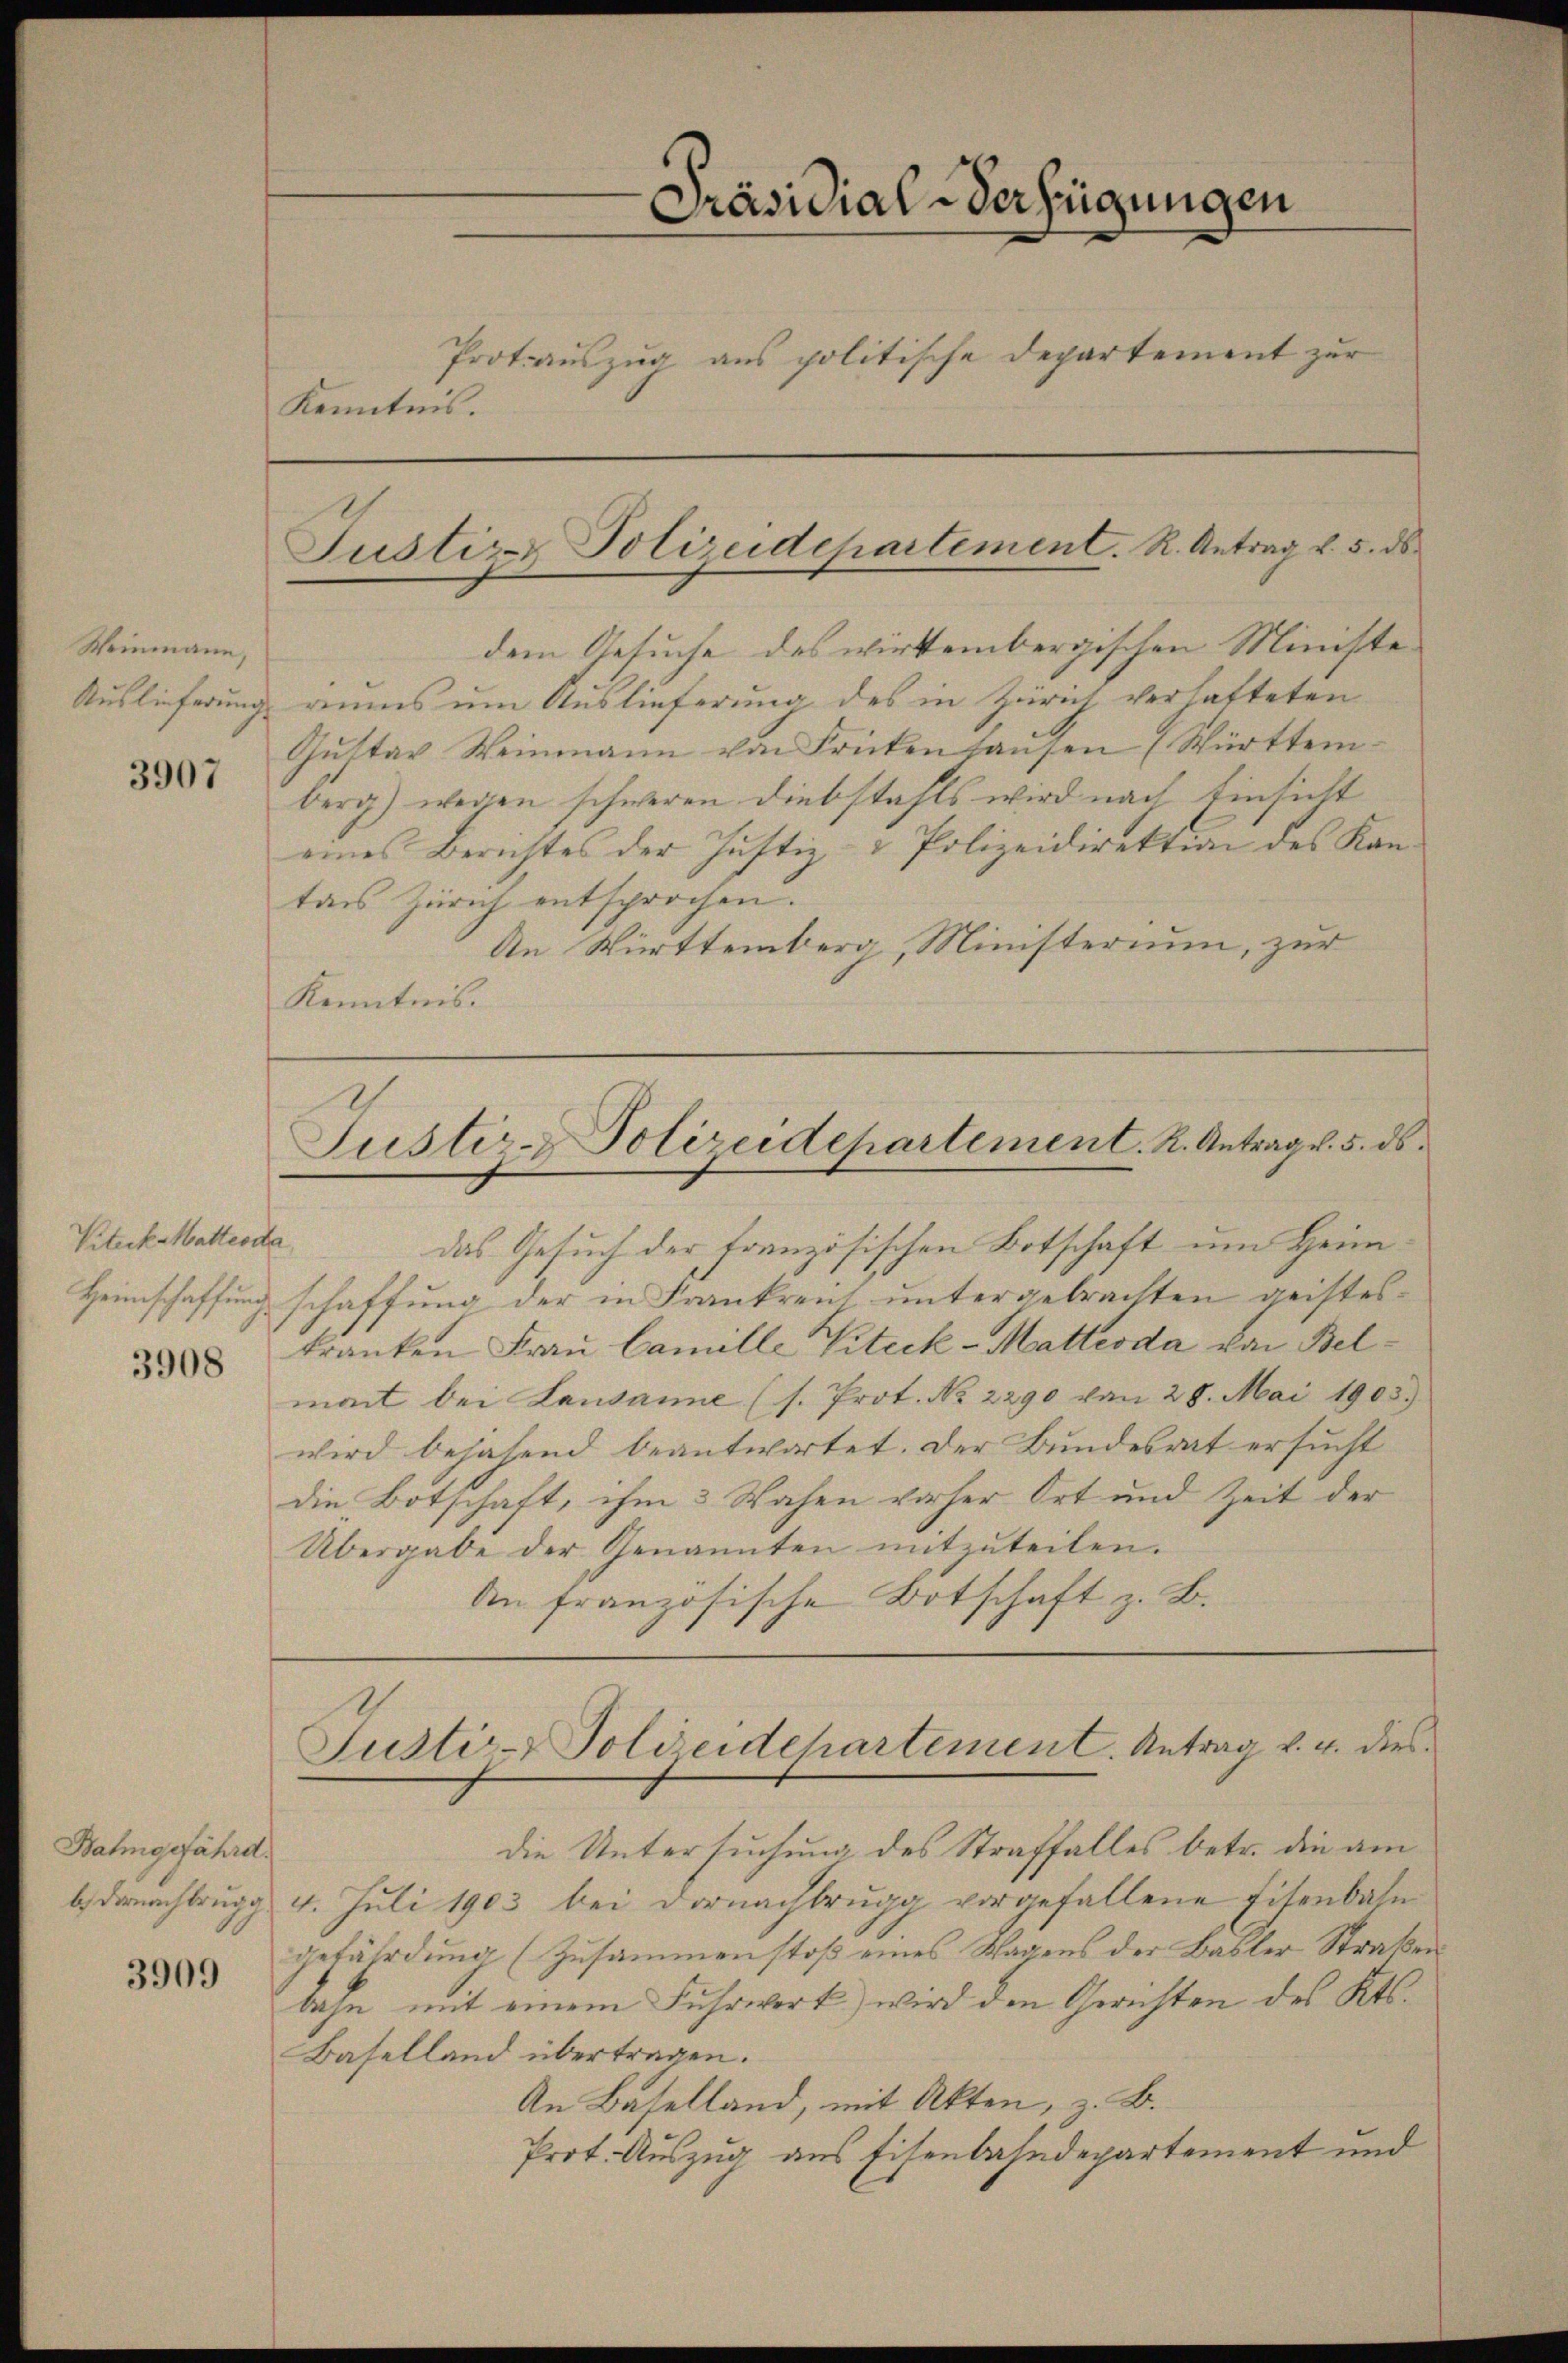
Weinmann,
Auslieferung
3907

Viteckstattesta
3908

Bahmgefährd

3909

Präsidial-Verfügungen
Protauszug aus politische Departement zur
Kenntnis.

dem Gesuche des wirkembergischen Ministerums um Auslieferung des in Zürich verhatteten
Gŭtter Weinmann von Frickenhaŭsen (Württem-
berg) wegen schweren Diebstahls wird nach Einsicht
eines Berichtes der Justiz- & Polizeidirektion des Kantans Zürich entsprochen.
An Württemberg, Ministerium, zur
Kenntnis.

Justiz- Polizeidchartement. K. Antrag v. 5. ds

Justiz- Polizeidepartement. R. Antrag v. 5. ds.
das Gesuch der französischen Botschaft um Heim¬

Heimschaffung schaffung der in Frankreich untergebrachten geisteskranken Frau Camille Viteck-Mattesda von Belmant bei Lausanne (s. Prot. No. 2290 von 28. Mai 1903.)
wird bejahend beantwortet. Der Bundesrat ersucht
die Botschaft, ihm 3 Wochen vorher Ort und Zeit der
Übergabe der Genannten mitzuteilen.
An französische Botschaft z. B.

die Untersuchung des Straffalles betr. die am
bdarnachbrugg 4. Juli 1903 bei Dornachbrugg vorgefallene Eisenbahn
gefährdung (Zusammenstoß eines Wagens der Basler Straßen
bahn mit einem Fuhrwert wird den Gerichten des Kts.
Baselland übertragen.
An Baselland, mit Akten, z. B.
Prot. Auszug aus Eisenbahndepartement und

Justi- Polieidchartement. Antrag v. u. dies